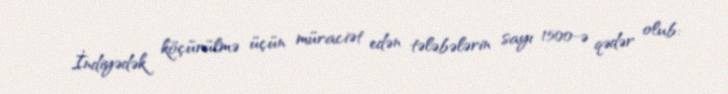
İndiyədək köçürülmə üçün müraciət edən tələbələrin sayı 1500-ə qədər olub: